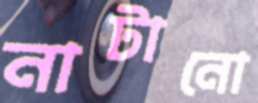
নাটানো